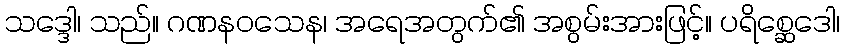
သဒ္ဒေါ၊ သည်။ ဂဏနဝသေန၊ အရေအတွက်၏ အစွမ်းအားဖြင့်။ ပရိစ္ဆေဒေါ၊